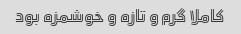
کاملا گرم و تازه و خوشمزه بود